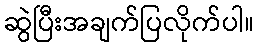
ဆွဲပြီးအချက်ပြလိုက်ပါ။